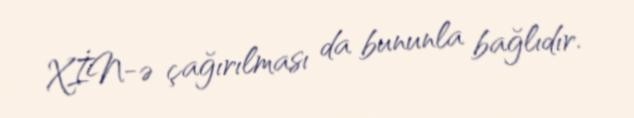
XİN-ə çağırılması da bununla bağlıdır.